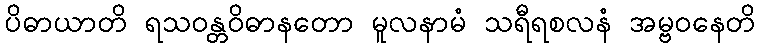
ပိဓာယာတိ ရသဝန္တဝိဓာနတော မူလနာမံ သရီရစလနံ အမ္ဗဝနေတိ